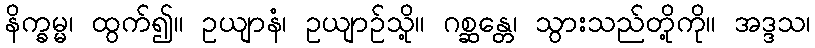
နိက္ခမ္မ၊ ထွက်၍။ ဥယျာနံ၊ ဥယျာဉ်သို့။ ဂစ္ဆန္တေ၊ သွားသည်တို့ကို။ အဒ္ဒသ၊